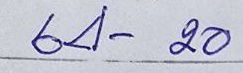
64 - 20